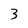
Character: 3